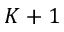
K + 1